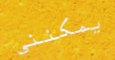
يمكنني